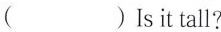
( )Isit tall?